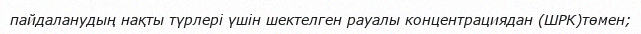
пайдаланудың нақты түрлері үшін шектелген рауалы концентрациядан (ШРК)төмен;